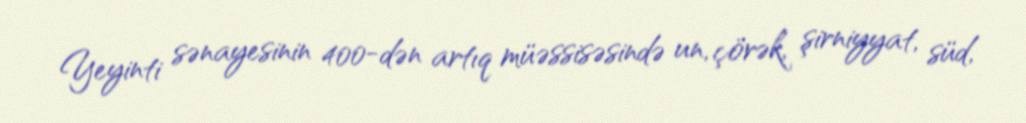
Yeyinti sənayesinin 400-dən artıq müəssisəsində un, çörək, şirniyyat, süd,